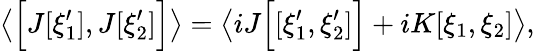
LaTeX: \left\langle\Bigl[J[\xi_{1}^{\prime}],J[\xi_{2}^{\prime}]\Bigr]\right\rangle=\left\langle iJ\Bigl[[\xi_{1}^{\prime},\xi_{2}^{\prime}]\Bigr]+iK[\xi_{1},\xi_{2}]\right\rangle,